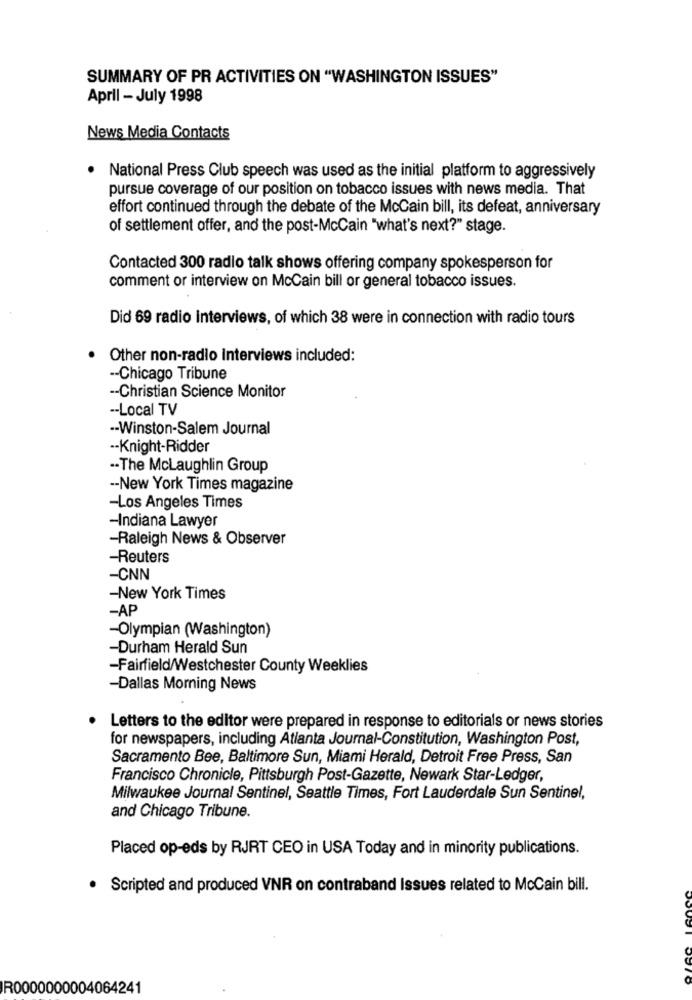
SUMMARY OF PR ACTIVITIES ON "WASHINGTON ISSUES"
April - July 1998
News Media Contacts
National Press Club speech was used as the initial platform to aggressively
pursue coverage of our position on tobacco issues with news media. That
effort continued through the debate of the McCain bill, its defeat, anniversary
of settlement offer, and the post-McCain "what's next?" stage.
Contacted 300 radio talk shows offering company spokesperson for
comment or interview on McCain bill or general tobacco issues.
Did 69 radio Interviews, of which 38 were in connection with radio tours
Other non-radio Interviews included:
-- Chicago Tribune
-- Christian Science Monitor
-- Local TV
.- Winston-Salem Journal
-- Knight-Ridder
-- The Mclaughlin Group
-- New York Times magazine
-Los Angeles Times
-Indiana Lawyer
-Raleigh News & Observer
-Reuters
-CNN
-New York Times
-AP
-Olympian (Washington)
-Durham Herald Sun
-Fairfield/Westchester County Weeklies
-Dallas Morning News
Letters to the editor were prepared in response to editorials or news stories
for newspapers, including Atlanta Journal-Constitution, Washington Post,
Sacramento Bee, Baltimore Sun, Miami Herald, Detroit Free Press, San
Francisco Chronicle, Pittsburgh Post-Gazette, Newark Star-Ledger,
Milwaukee Journal Sentinel, Seattle Times, Fort Lauderdale Sun Sentinel,
and Chicago Tribune.
Placed op-eds by RJRT CEO in USA Today and in minority publications.
· Scripted and produced VNR on contraband Issues related to McCain bill.
R0000000004064241